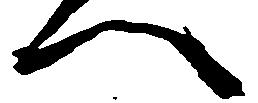
へ